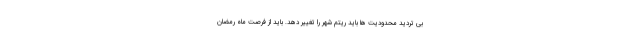
بی تردید محدودیت ها باید ریتم شهر را تغییر دهد. باید از فرصت ماه رمضان